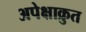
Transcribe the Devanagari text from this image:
अपेक्षाक्रुत